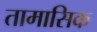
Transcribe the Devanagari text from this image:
तामासिक